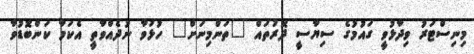
މިނިސްޓަރު ވިދާޅުވީ ގައުމުގެ ސިޔާސީ ދޮރުތައް "ތަންމިނަށް" ހުޅުވާ ނުދެއްވާތީ އެކަމާ ކަންބޮޑުވާ